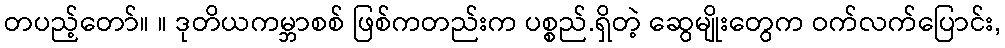
တပည့်တော်။ ။ ဒုတိယကမ္ဘာစစ် ဖြစ်ကတည်းက ပစ္စည်.ရှိတဲ့ ဆွေမျိုးတွေက ဝက်လက်ပြောင်း,